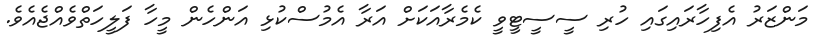
މަންޒަރު އެފިހާރައިގައި ހުރި ސީސީޓީވީ ކެމެރާއަކަށް އަރާ އެމުސްކުޅި އަންހެން މީހާ ފަލީހަތްވެއްޖެއެވެ.